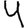
Digit: 4